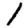
Digit: 1